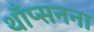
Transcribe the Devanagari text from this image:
थाँप्सनना